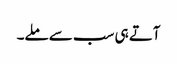
آتے ہی سب سے ملے۔